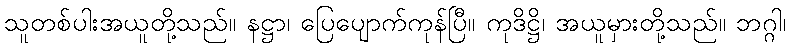
သူတစ်ပါးအယူတို့သည်။ နဋ္ဌာ၊ ပြေပျောက်ကုန်ပြီ။ ကုဒိဋ္ဌိ၊ အယူမှားတို့သည်။ ဘဂ္ဂါ၊